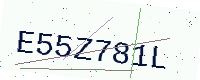
Text: E55Z781L